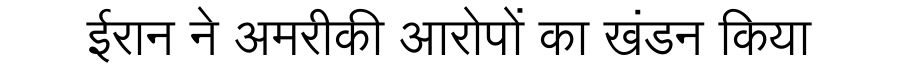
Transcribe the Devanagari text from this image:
ईरान ने अमरीकी आरोपों का खंडन किया